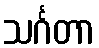
သင်္ဂတာ